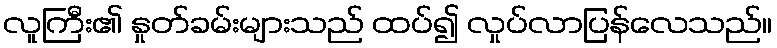
လူကြီး၏ နှုတ်ခမ်းများသည် ထပ်၍ လှုပ်လာပြန်လေသည်။